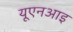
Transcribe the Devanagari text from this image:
यूएनआइ